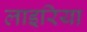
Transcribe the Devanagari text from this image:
लाइरिया